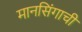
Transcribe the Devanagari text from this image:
मानसिंगाची